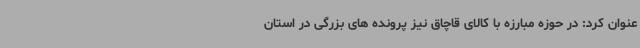
عنوان کرد: در حوزه مبارزه با کالای قاچاق نیز پرونده های بزرگی در استان